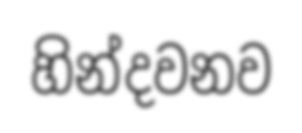
හින්දවනව